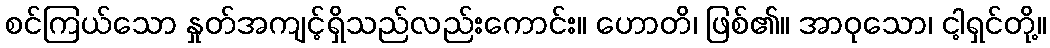
စင်ကြယ်သော နှုတ်အကျင့်ရှိသည်လည်းကောင်း။ ဟောတိ၊ ဖြစ်၏။ အာဝုသော၊ ငါ့ရှင်တို့။